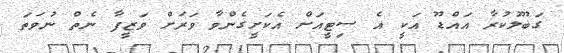
ގަބޫލުކުރާ އައްޑޫ އަކީ އެ ސިޓީއަށް އެކަށީގެންވާ ވަރަށް ވަޒީފާ ނެތް ނުވަތަ